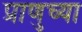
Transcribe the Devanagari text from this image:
प्राणुच्या